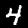
Label: 4